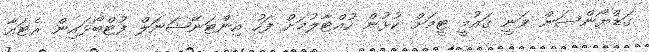
ގަޑްޔޯންސަން ވަނީ ގައުމީ ޓީމަށް ކުޅުން ހުއްޓާލުމަށް ފަހު އިންޓަނޭޝަނަލް ފުޓްބޯޅައިން ރެޓައާ